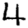
Digit: 4